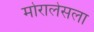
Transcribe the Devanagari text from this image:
मोरालेसला